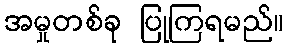
အမှုတစ်ခု ပြုကြရမည်။